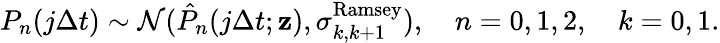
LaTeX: \begin{array}{r}{P_{n}(j\Delta t)\sim\mathcal{N}(\hat{P}_{n}(j\Delta t;{\mathbf z}),\sigma_{k,k+1}^{\textrm{Ramsey}}),\quad n=0,1,2,\quad k=0,1.}\end{array}